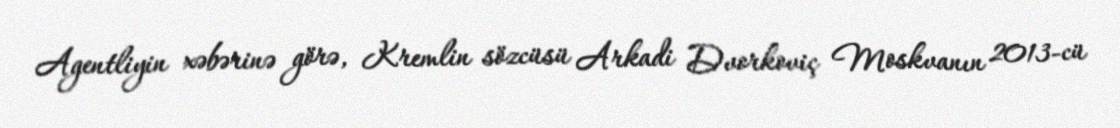
Agentliyin xəbərinə görə, Kremlin sözcüsü Arkadi Dvorkoviç Moskvanın 2013-cü